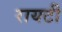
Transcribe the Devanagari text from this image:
रायटी